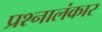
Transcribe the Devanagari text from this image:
प्रश्नालंकार